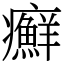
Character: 癬